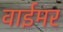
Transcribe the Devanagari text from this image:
वाईमर